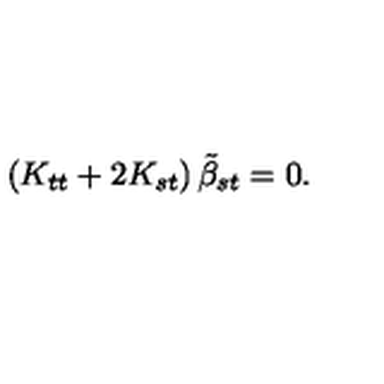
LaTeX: \left( K _ { t t } + 2 K _ { s t } \right) { \tilde { \beta } } _ { s t } = 0 .